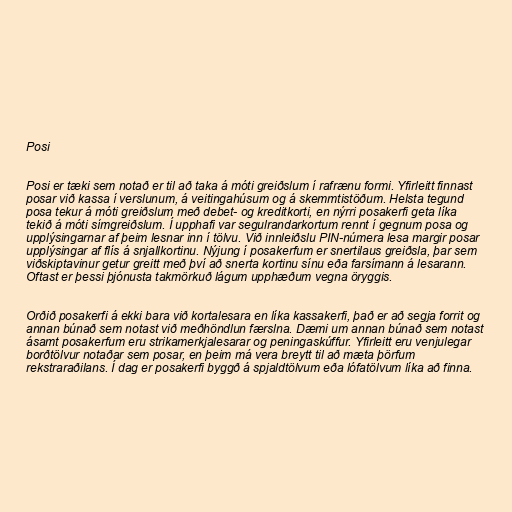
Posi

Posi er tæki sem notað er til að taka á móti greiðslum í rafrænu formi. Yfirleitt finnast
posar við kassa í verslunum, á veitingahúsum og á skemmtistöðum. Helsta tegund
posa tekur á móti greiðslum með debet- og kreditkorti, en nýrri posakerfi geta líka
tekið á móti símgreiðslum. Í upphafi var segulrandarkortum rennt í gegnum posa og
upplýsingarnar af þeim lesnar inn í tölvu. Við innleiðslu PIN-númera lesa margir posar
upplýsingar af flís á snjallkortinu. Nýjung í posakerfum er snertilaus greiðsla, þar sem
viðskiptavinur getur greitt með því að snerta kortinu sínu eða farsímann á lesarann.
Oftast er þessi þjónusta takmörkuð lágum upphæðum vegna öryggis.

Orðið posakerfi á ekki bara við kortalesara en líka kassakerfi, það er að segja forrit og
annan búnað sem notast við meðhöndlun færslna. Dæmi um annan búnað sem notast
ásamt posakerfum eru strikamerkjalesarar og peningaskúffur. Yfirleitt eru venjulegar
borðtölvur notaðar sem posar, en þeim má vera breytt til að mæta þörfum
rekstraraðilans. Í dag er posakerfi byggð á spjaldtölvum eða lófatölvum líka að finna.